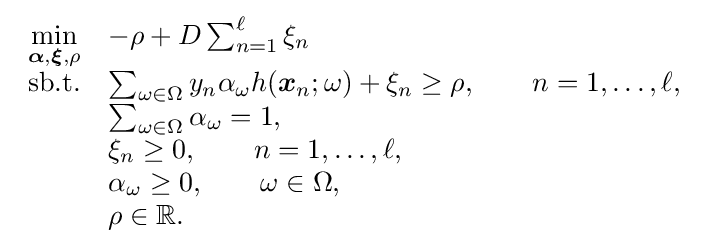
{\begin{array}{cl}{\underset {{\boldsymbol {\alpha }},{\boldsymbol {\xi }},\rho }{\min }}&-\rho +D\sum _{n=1}^{\ell }\xi _{n}\\{\textrm {sb.t.}}&\sum _{\omega \in \Omega }y_{n}\alpha _{\omega }h({\boldsymbol {x}}_{n};\omega )+\xi _{n}\geq \rho ,\qquad n=1,\dots ,\ell ,\\&\sum _{\omega \in \Omega }\alpha _{\omega }=1,\\&\xi _{n}\geq 0,\qquad n=1,\dots ,\ell ,\\&\alpha _{\omega }\geq 0,\qquad \omega \in \Omega ,\\&\rho \in {\mathbb {R} }.\end{array}}